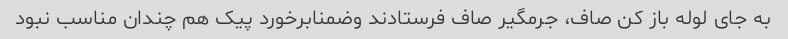
به جای لوله باز کن صاف، جرمگیر صاف فرستادند وضمنابرخورد پیک هم چندان مناسب نبود